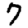
Digit: 7